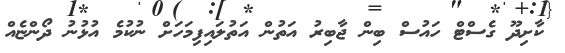
ކާށިދޫ ގެސްޓް ހައުސް ބިން ޖާބިރު އަތުން އަތުލައިފިމަހަށް ނުކުމެ އުޅުނު ދޯންޏެއް